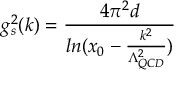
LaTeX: g _ { s } ^ { 2 } ( k ) = \frac { 4 \pi ^ { 2 } d } { l n ( x _ { 0 } - \frac { k ^ { 2 } } { \Lambda _ { Q C D } ^ { 2 } } ) }